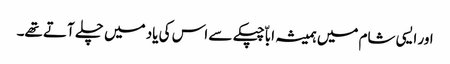
اور ایسی شام میں ہمیشہ اباّ چپکے سے اس کی یاد میں چلے آتے تھے۔